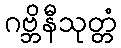
ဂဗ္ဘိနီသုတ္တံ